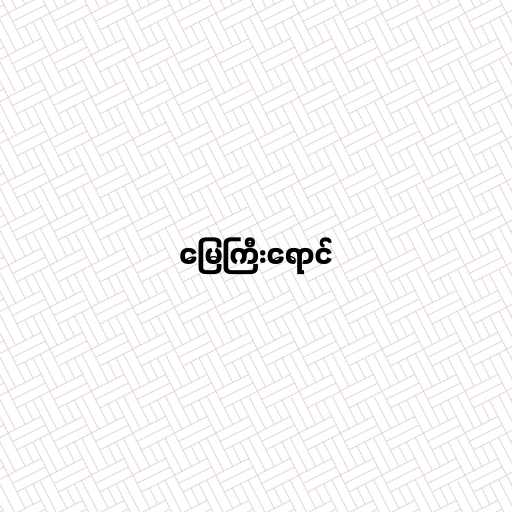
မြေကြီးရောင်